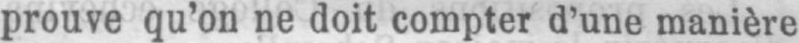
prouve qu’on ne doit compter d’une manière